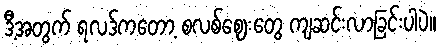
ဒီ့အတွက် ရလဒ်ကတော့ စလစ်ဈေးတွေ ကျဆင်းလာခြင်းပါပဲ။